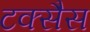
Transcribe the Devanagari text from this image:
टक्सैस